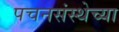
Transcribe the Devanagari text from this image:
पचनसंस्थेच्या